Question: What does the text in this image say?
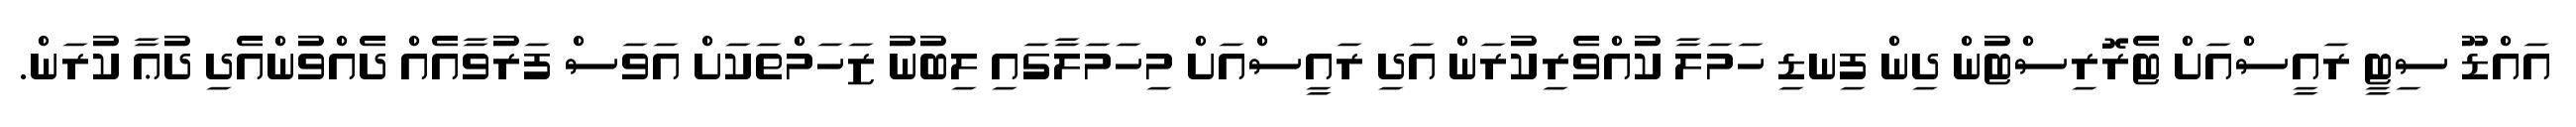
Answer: އައްޑޫ ސިޓީ ރައީސްއަށް ޓެރޮރިސްޓުން ދިން ފިނޑި ހަމަލާ ކުއްވެރިކުރަން އަދި ރައީސްއަށް މިހަމަލާގައި ލިބުނު ޒަހަމްތަކަށް އަވަސް ފަރުވާއެއް ދެއްވުންއެދި ދުޢާ ކުރަން.